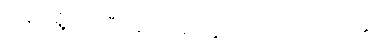
တချက်ရှုံ့လိုက်ပြီးနောက် မျက်နှာကို တင်းထားလိုက်၏။